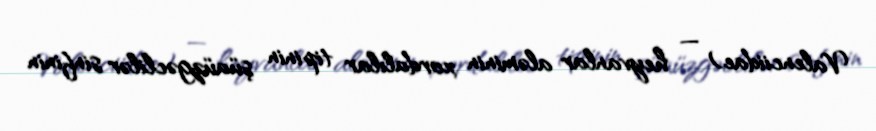
Valenciidae) — heyvanlar aləminin xordalılar tipinin şüaüzgəclilər sinfinin